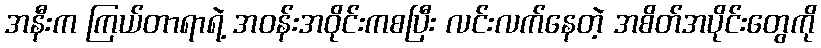
အနီးက ကြယ်တာရာရဲ့ အဝန်းအဝိုင်းကစပြီး လင်းလက်နေတဲ့ အစိတ်အပိုင်းတွေကို